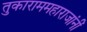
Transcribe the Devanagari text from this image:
तुकाराममहाराजांनीं